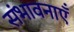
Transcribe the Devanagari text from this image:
संभावनाऍं